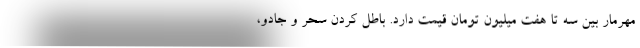
مهرمار بین سه تا هفت میلیون تومان قیمت دارد. باطل کردن سحر و جادو،